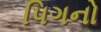
પિગનો